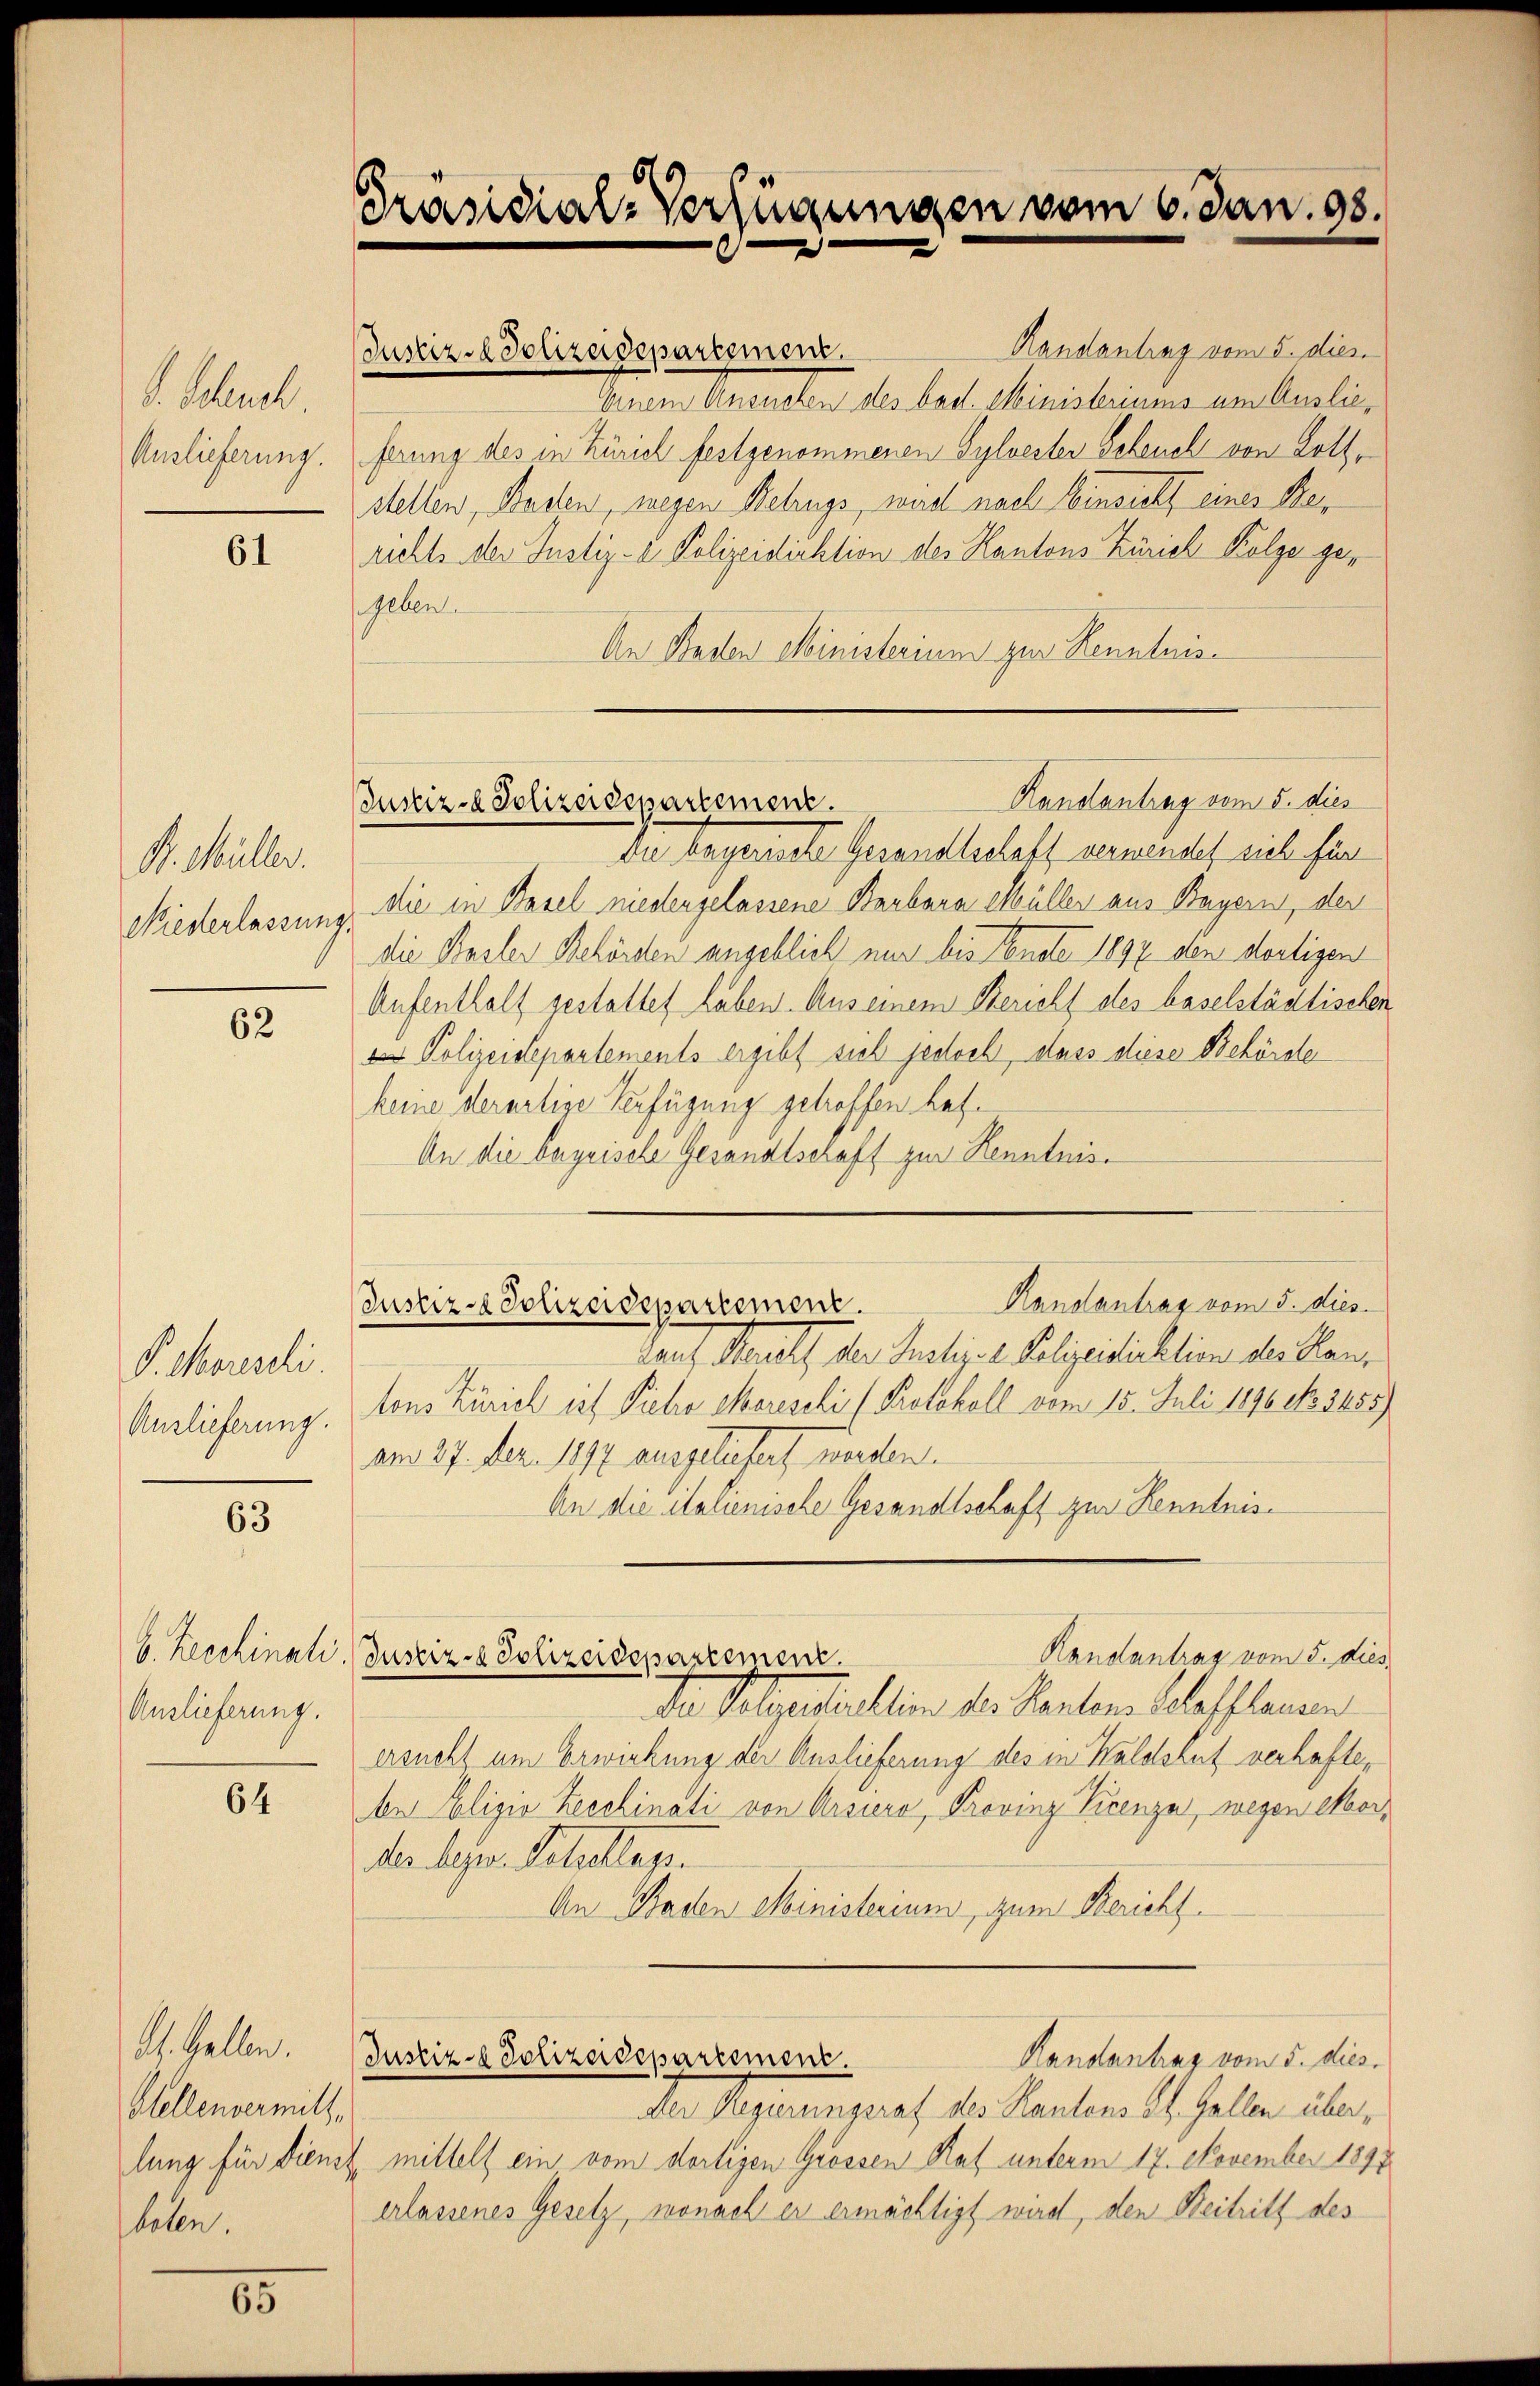
S. Scheuch
Auslieferung.

61

R. Müller.
Niederlassung

62

P. Moreschi
Anslieferung.

63

b. Beschinati
Auslieferung.

64

Ah. Gellen.
Stellenvermitt
lung für dien
haben.

65

Präsidial-Verfügungen vom 6. Jan. 98.

Randantrag vom 5. dies
Justiz-Polizeidepartement
Einem Ansuchen des bad. Ministeriums um Auslieferung des in Zürich festgenommenen Sylvesten Scheuch von Lothstellen, Baden, wegen Betrugs, wird nach Einsicht eines Beirichts der Justiz- & Polizeidiektion des Kantons Zürich Kolge ger
geben.
An Stadten Ministerium zur Kenntnis
da legenste Gesandtschaff vernendet sich für
die in Basel medergelassene Barbara Müller aus Bayern, der
die Basler Behörden angeblich nur bis Endte 1897 den dortigen
Aufenthalt gestattet haben. Aus einem Bericht des baselstädtischen
d Polizeidepartements ergibt sich jedoch, dass diese Behörde
keine derartige Verfügung getroffen haf¬
An die begeisele Gesandtschaft zur Kenntnis.
Randantrag vom 5. dies
Justiz - Polizeidepartement
Kauf Stralf, der Instiger Polizeistinktion der Plan,
tons Zürich ist Picho Mereschi (Protokoll vom 15. Juli 1890 No 3455)
am 27. Dez. 1897 ausgeliefert werden.
An die italienische Gesandtschaft zur Kenntnis¬
Randantrag vom 5. dies
Justiz - Polizeidepartement.
Dr Oelgestellion der Kanton belassenen
ersucht um Erwirkung der Auslieferung des in Waldshut verhafte,
bei Polizio Zeccinati von Arsiere, Provinz Krenze, wegen eberder Meyers. Scheltags.
An Baden Ministerium, zum Bericht.
Justiz - Polizeidepartement
Handantrag vom 5. dies.
Der Regierungsrat des Kantons St. Gallen übermittels ein vom dortigen Grossen Rat unterm 17. November 1891
erlassenes Gesetz, wonach er ermächtigt wird, den Beitritt des

Handantrag vom 5. dies
Justiz- & Polizeidepartement.